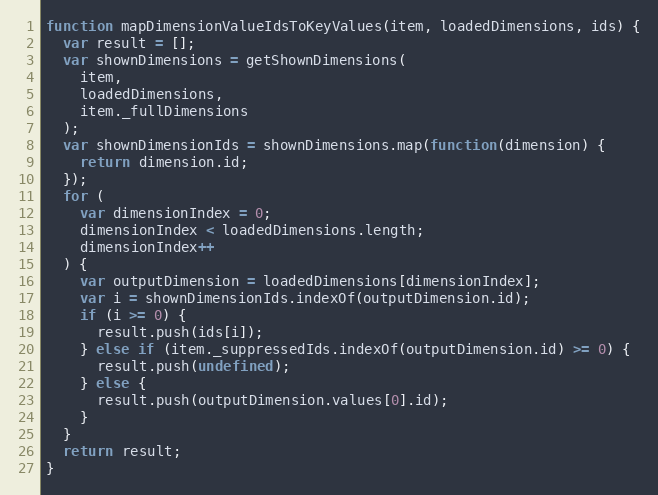
Language: JavaScript
function mapDimensionValueIdsToKeyValues(item, loadedDimensions, ids) {
  var result = [];
  var shownDimensions = getShownDimensions(
    item,
    loadedDimensions,
    item._fullDimensions
  );
  var shownDimensionIds = shownDimensions.map(function(dimension) {
    return dimension.id;
  });
  for (
    var dimensionIndex = 0;
    dimensionIndex < loadedDimensions.length;
    dimensionIndex++
  ) {
    var outputDimension = loadedDimensions[dimensionIndex];
    var i = shownDimensionIds.indexOf(outputDimension.id);
    if (i >= 0) {
      result.push(ids[i]);
    } else if (item._suppressedIds.indexOf(outputDimension.id) >= 0) {
      result.push(undefined);
    } else {
      result.push(outputDimension.values[0].id);
    }
  }
  return result;
}